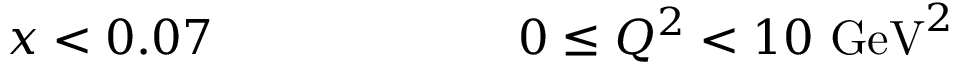
x < 0 . 0 7 ~ ~ ~ ~ ~ ~ ~ ~ ~ ~ ~ ~ ~ ~ ~ ~ ~ ~ ~ 0 \leq Q ^ { 2 } < 1 0 ~ \mathrm { G e V } ^ { 2 }